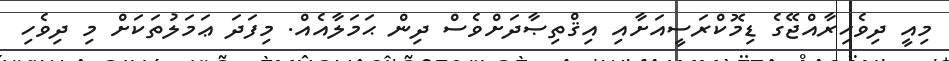
މިއީ ދިވެހިރާއްޖޭގެ ޑިމޮކްރަސީއަށާއި އިޤްތިޞާދަށްވެސް ދިން ޙަމަލާއެއް. މިފަދަ ޢަމަލުތަކަށް މި ދިވެހި